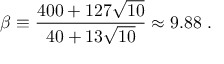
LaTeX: \beta \equiv { \frac { 4 0 0 + 1 2 7 \sqrt { 1 0 } } { 4 0 + 1 3 \sqrt { 1 0 } } } \approx 9 . 8 8 ~ .